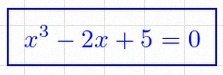
x^3-2x+5=0